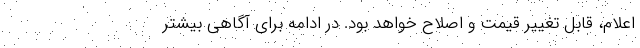
اعلام، قابل تغییر قیمت و اصلاح خواهد بود. در ادامه برای آگاهی بیشتر